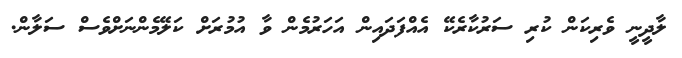
ލާދީނީ ވެރިކަން ކުރި ސަރުކާރެކޭ އެއްފަދައިން އަހަރުމެން ވާ އުމުރަށް ކަލޭމެންނަށްވެސް ސަލާން.